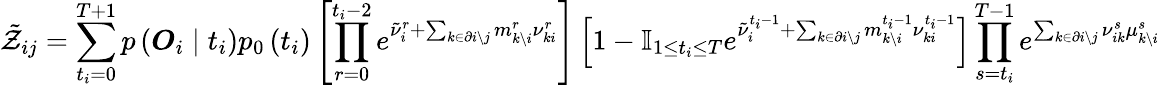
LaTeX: \tilde{\mathcal{Z}}_{ij}=\sum_{t_{i}=0}^{T+1}p\left(\boldsymbol{O}_{i}\mid t_{i}\right)p_{0}\left(t_{i}\right)\left[\prod_{r=0}^{t_{i}-2}e^{\tilde{\nu}_{i}^{r}+\sum_{k\in\partial i\setminus j}m_{k\setminus i}^{r}\nu_{ki}^{r}}\right]\left[1-\mathbb{I}_{1\leq t_{i}\leq T}e^{\tilde{\nu}_{i}^{t_{i}-1}+\sum_{k\in\partial i\setminus j}m_{k\setminus i}^{t_{i}-1}\nu_{ki}^{t_{i}-1}}\right]\prod_{s=t_{i}}^{T-1}e^{\sum_{k\in\partial i\setminus j}\nu_{ik}^{s}\mu_{k\setminus i}^{s}}